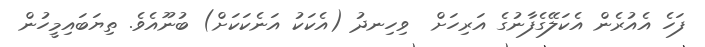
ފަހެ އެއުރެން އެކަލޭގެފާނުގެ އަރިހަށް  ވިހިނދު (އެކަކު އަނެކަކަށް) ބުނޫއެވެ. ތިޔަބައިމީހުން